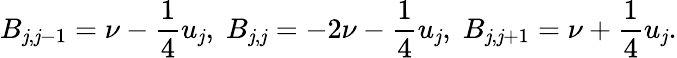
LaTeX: B_{\mathit{j},\mathit{j}-1}=\nu-\frac{{1}}{{4}}u_{\mathit{j}},\; B_{\mathit{j},\mathit{j}}=-2\nu-\frac{{1}}{{4}}u_{\mathit{j}},\; B_{\mathit{j},\mathit{j}+1}=\nu+\frac{{1}}{{4}}u_{\mathit{j}}.